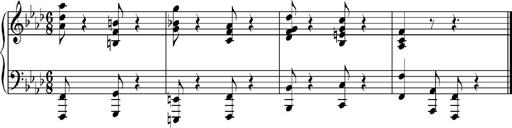
Title: Sonatina No.5
Composer: Otto Stoll
Key: F-sharp minor